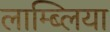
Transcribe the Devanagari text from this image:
लाम्ब्लिया